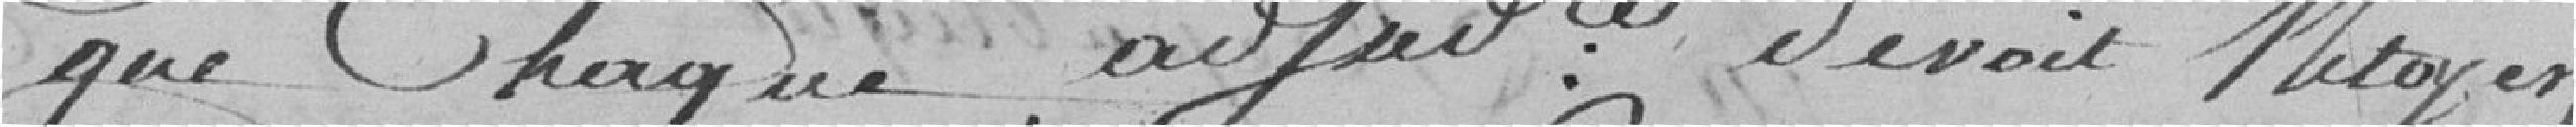
que chaque adjudicataire devait nettoyer,